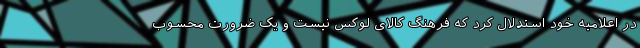
در اعلامیه خود استدلال کرد که فرهنگ کالای لوکس نیست و یک ضرورت محسوب